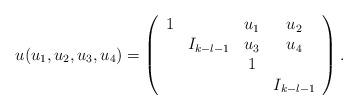
LaTeX: \begin{align*}u(u_1,u_2,u_3,u_4)=\left(\begin{array}{cccc}1&&u_1&u_2\\&I_{k-l-1}&u_3&u_4\\&&1\\&&&I_{k-l-1}\end{array}\right).\end{align*}